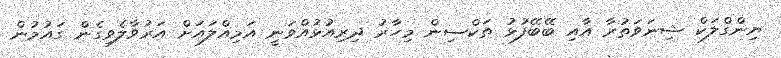
ޔިންގްލަކް ޝިނަވަތުރާ އާއި ބޭބޭފުޅު ތަކްސިން މިހާރު ދިރިއުޅުއްވަނީ އަމިއްލައަށް އަރުވާލެވިގެން ގައުމުން